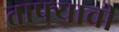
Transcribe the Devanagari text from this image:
ताफ्याची